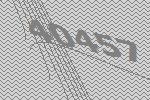
40457